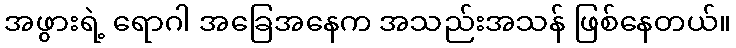
အဖွားရဲ့ ရောဂါ အခြေအနေက အသည်းအသန် ဖြစ်နေတယ်။